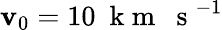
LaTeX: \mathbf{v}_{0}=10~\mathrm{{~k~m~~~s~}}^{-1}